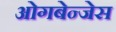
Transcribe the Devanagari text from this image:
ओगबेन्जेस